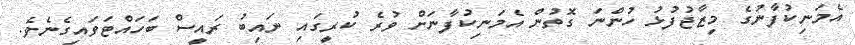
އެމަނިކުފާނުގެ މިޒާޖުފުޅު ހުންނަ ގޮތުން އެމަނިކުފާނަށް ވުރެ ކުރީގައި ނައިބު ރައީސް ބަހައްޓަވައިގެނެވެ.